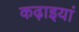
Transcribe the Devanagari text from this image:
कढ़ाइयां